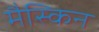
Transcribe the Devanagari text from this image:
मैस्किन